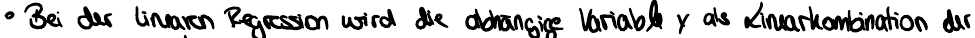
Bei der linearen Regression wird die abhängige Variable y als Linearkombination der